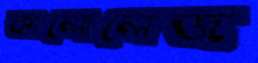
কালোলেজ